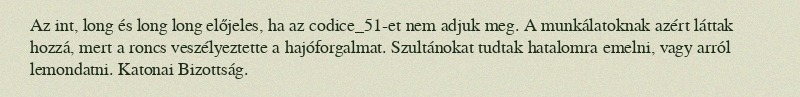
Az int, long és long long előjeles, ha az codice_51-et nem adjuk meg. A munkálatoknak azért láttak hozzá, mert a roncs veszélyeztette a hajóforgalmat. Szultánokat tudtak hatalomra emelni, vagy arról lemondatni. Katonai Bizottság.